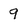
Character: 9